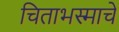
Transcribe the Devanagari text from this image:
चिताभस्माचे